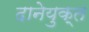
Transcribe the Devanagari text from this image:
दानेयुक्त